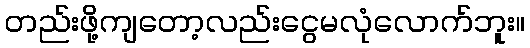
တည်းဖို့ကျတော့လည်းငွေမလုံလောက်ဘူး။